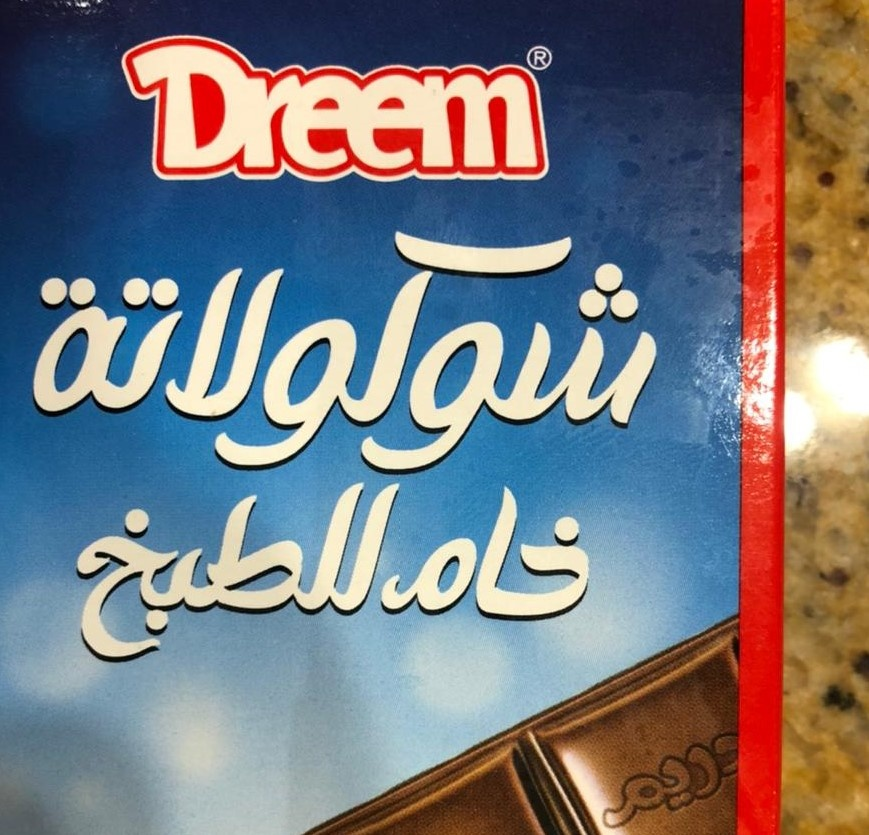
Text in image: شوكولاتة خام للمطبخ دريم R Dreem